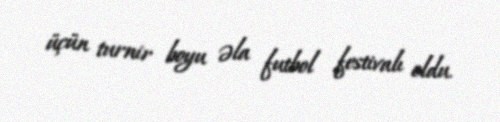
üçün turnir boyu əla futbol festivalı oldu.